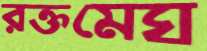
রক্তমেঘ